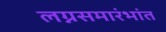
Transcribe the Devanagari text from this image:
लग्नसमारंभांत